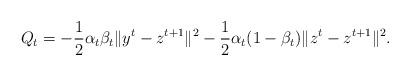
LaTeX: \begin{align*}Q_t = -\frac{1}{2}\alpha_t\beta_t\|y^t-z^{t+1}\|^2-\frac{1}{2}\alpha_t(1-\beta_t)\|z^t-z^{t+1}\|^2.\end{align*}